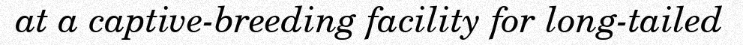
at a captive-breeding facility for long-tailed